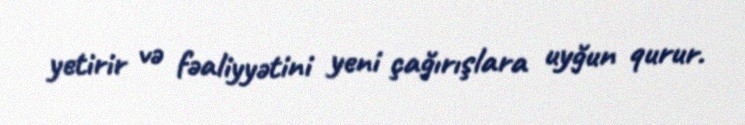
yetirir və fəaliyyətini yeni çağırışlara uyğun qurur.